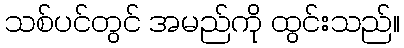
သစ်ပင်တွင် အမည်ကို ထွင်းသည်။